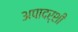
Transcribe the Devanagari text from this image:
अपादर्शी